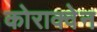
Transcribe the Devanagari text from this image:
कोराक्वेन